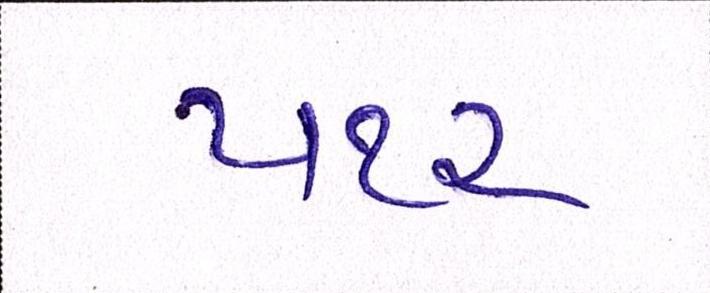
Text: ૫૧૨